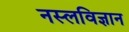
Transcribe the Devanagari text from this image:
नस्लविज्ञान